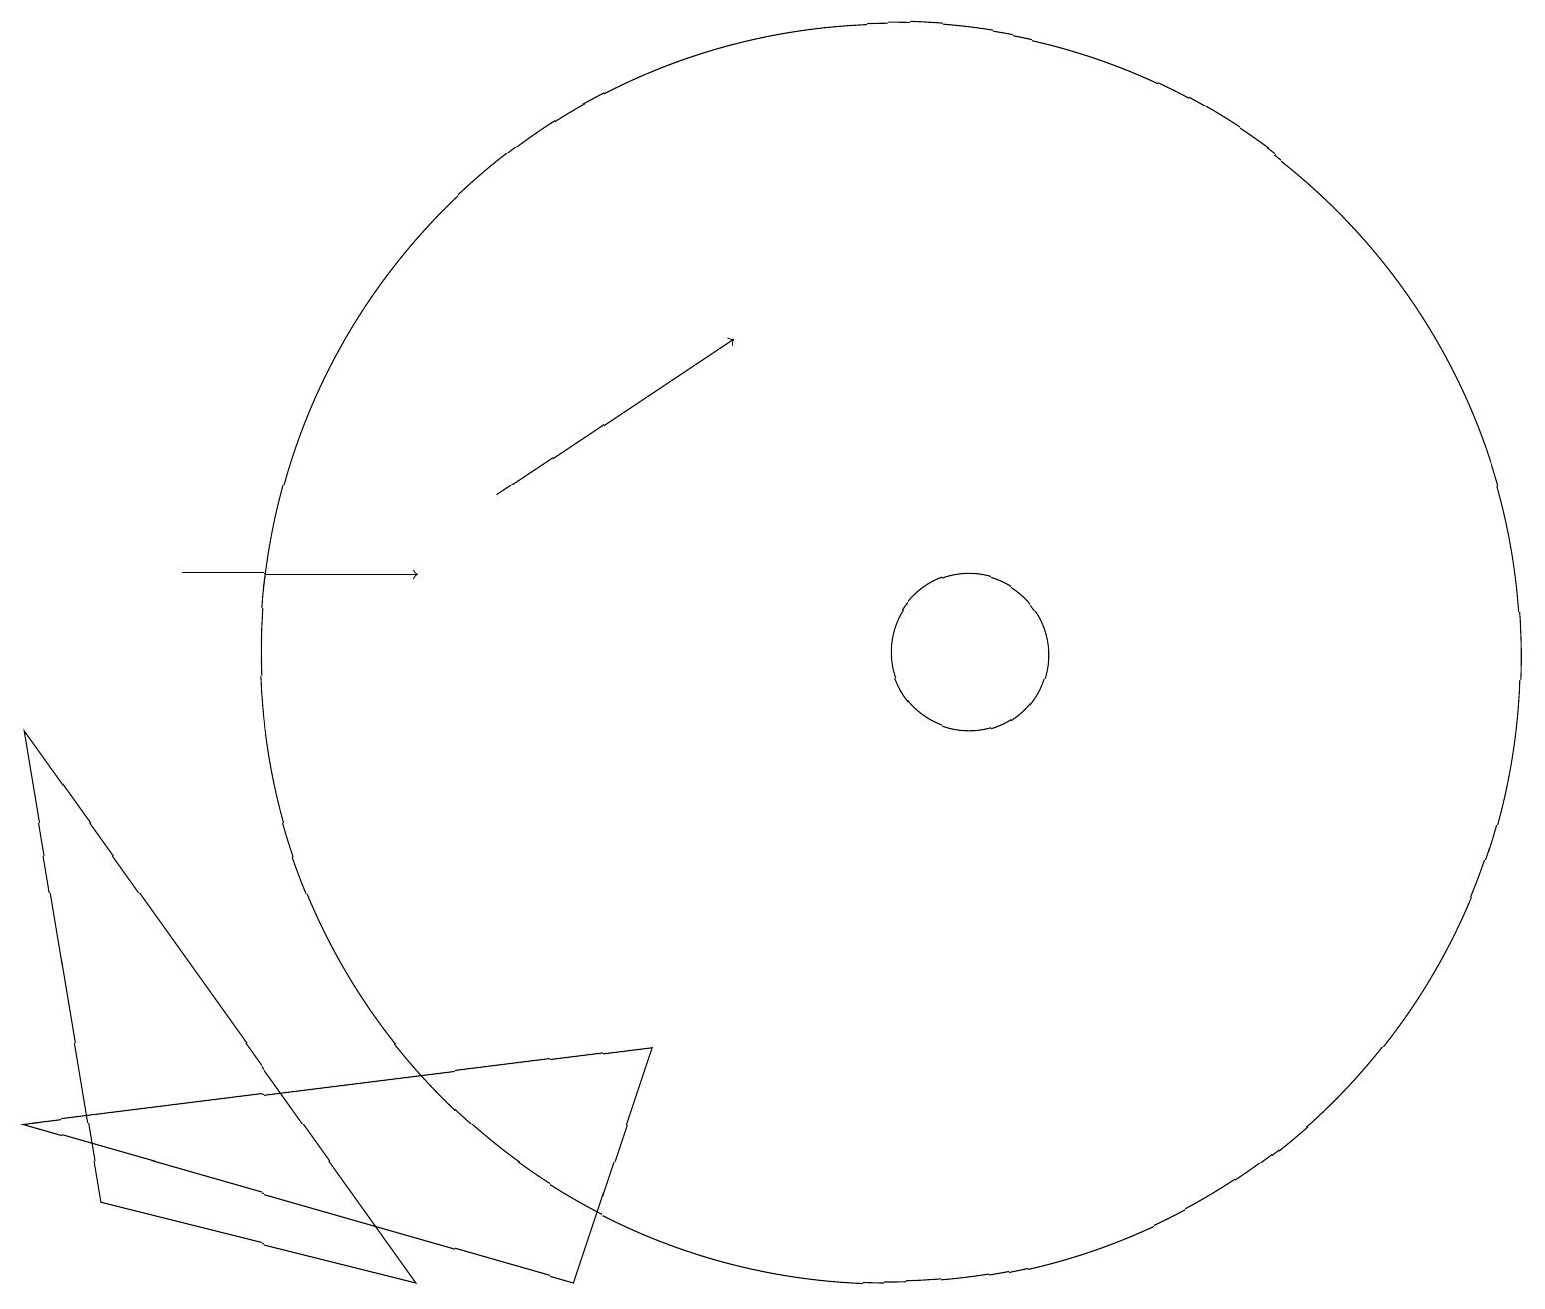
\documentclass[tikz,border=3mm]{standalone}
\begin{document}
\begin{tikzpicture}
\draw (0,4) -- (8,5) -- (7,2) -- cycle;
\draw (12,10) circle (1);
\draw (0,9) -- (5,2) -- (1,3) -- cycle;
\draw (11,10) circle (8);
\draw[->] (2,11) -- (5,11);
\draw[->] (6,12) -- (9,14);
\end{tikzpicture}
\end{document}